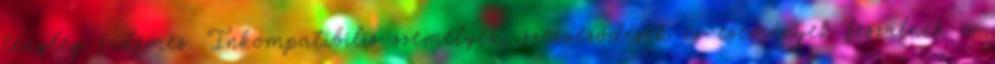
tényleg érdemes. Inkompatibilis személyek, szerveződések és események fe­szülnek a